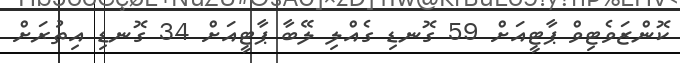
ކޮންޒަވެޓިވް ޕާޓީއަށް 59 ގޮނޑި ގެއްލި ލޭބާ ޕާޓީއަށް 34 ގޮނޑި އިތުރަށް